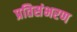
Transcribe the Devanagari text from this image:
प्रतिसंभरण